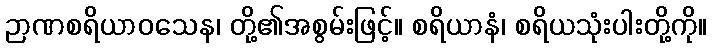
ဉာဏစရိယာဝသေန၊ တို့၏အစွမ်းဖြင့်။ စရိယာနံ၊ စရိယသုံးပါးတို့ကို။